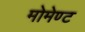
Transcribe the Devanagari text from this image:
मोमेण्ट